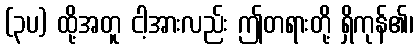
(၃ပ) ထို့အတူ ငါ့အားလည်း ဤတရားတို့ ရှိကုန်၏၊